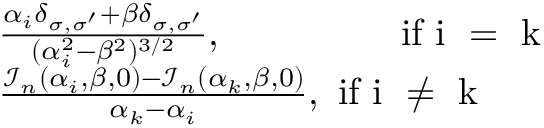
\begin{array} { r l } & { \frac { \alpha _ { i } \delta _ { \sigma , \sigma ^ { \prime } } + \beta \delta _ { \sigma , \sigma ^ { \prime } } } { ( \alpha _ { i } ^ { 2 } - \beta ^ { 2 } ) ^ { 3 / 2 } } , \mathrm { \, \, \, \, \, \, \, \, \, \, \, \, \, \, \, \, \, \, \, \, \, \, \, \, \, \, ~ i f ~ i ~ = ~ k ~ } } \\ & { \frac { \mathcal { I } _ { n } ( \alpha _ { i } , \beta , 0 ) - \mathcal { I } _ { n } ( \alpha _ { k } , \beta , 0 ) } { \alpha _ { k } - \alpha _ { i } } , \mathrm { ~ i f ~ i ~ \neq ~ k ~ } } \end{array}